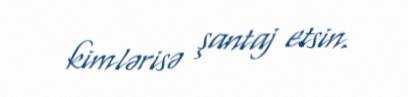
kimlərisə şantaj etsin.